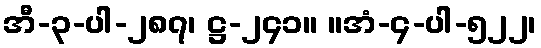
အီ-၃-ပါ-၂၈၇၊ ဋ္ဌ-၂၄၁။ ။အံ-၄-ပါ-၅၂၂၊